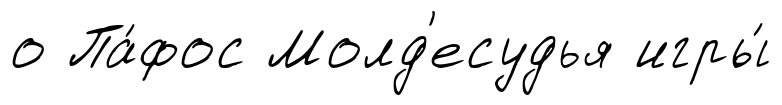
о Па́фос Молд'есудья игры́